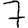
Digit: 7